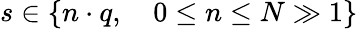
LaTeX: s\in\{ n\cdot q,\quad 0\leq n\leq N\gg 1\}